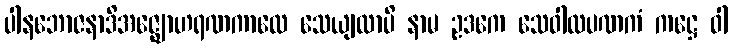
ပါနဘောဇနာဒိအဇ္ဈောဟရဏကာလေ သေယျထာပိ နာမ ဥဒကေ သေဝါလပဏကံ ကဋ္ဌေ ဝါ